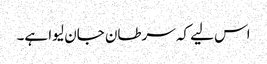
اس لیے کہ سرطان جان لیوا ہے۔